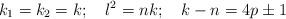
LaTeX: \begin{align*}k_{1}=k_{2}=k;\quad l^{2}=nk;\quad k-n=4p\pm 1\end{align*}